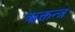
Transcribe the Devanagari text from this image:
ऋक्तन्त्र